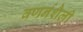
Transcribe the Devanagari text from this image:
वणर्नशैली